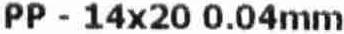
PP - 14X20 0.04MM